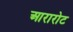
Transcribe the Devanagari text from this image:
आरारोट